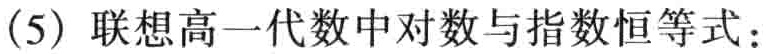
(5) 联想高一代数中对数与指数恒等式：